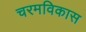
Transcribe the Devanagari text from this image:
चरमविकास